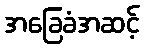
အခြေခံအဆင့်